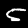
Digit: 5